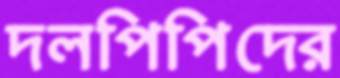
দলপিপিদের